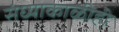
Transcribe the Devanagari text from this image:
संध्याकाळीही